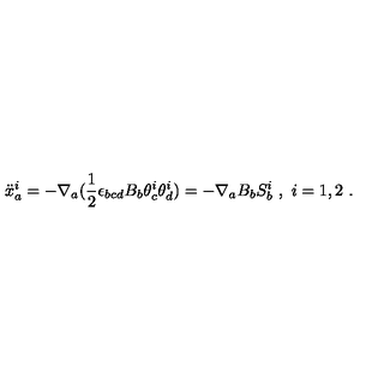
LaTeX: { \ddot { x } } _ { a } ^ { i } = - \nabla _ { a } ( \frac { 1 } { 2 } \epsilon _ { b c d } B _ { b } \theta _ { c } ^ { i } \theta _ { d } ^ { i } ) = - \nabla _ { a } B _ { b } S _ { b } ^ { i } \ , \ i = 1 , 2 \ .